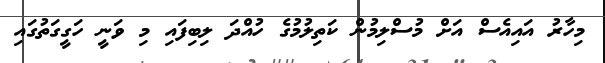
މިހާރު އައިއެސް އަށް މުސްލިމުން ކަތިލުމުގެ ހުއްދަ ލިބިފައި މި ވަނީ ހަގީގަތުގައި